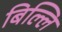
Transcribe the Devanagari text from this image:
बिल्लि